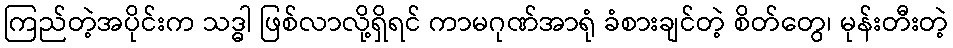
ကြည်တဲ့အပိုင်းက သဒ္ဓါ ဖြစ်လာလို့ရှိရင် ကာမဂုဏ်အာရုံ ခံစားချင်တဲ့ စိတ်တွေ၊ မုန်းတီးတဲ့